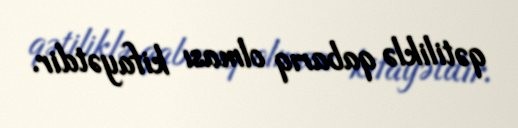
qətiliklə qabarıq olması kifayətdir.